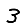
Digit: 3